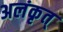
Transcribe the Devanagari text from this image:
अलंकृत्‌